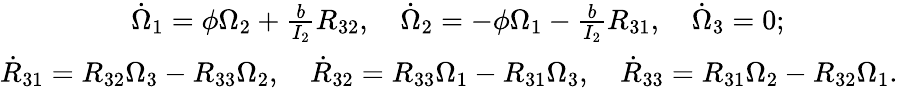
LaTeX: \begin{array}{r}{\dot{\Omega}_{1}=\phi\Omega_{2}+\frac{b}{I_{2}}R_{32},\quad\dot{\Omega}_{2}=-\phi\Omega_{1}-\frac{b}{I_{2}}R_{31},\quad\dot{\Omega}_{3}=0;\qquad\qquad}\\ {\dot{R}_{31}=R_{32}\Omega_{3}-R_{33}\Omega_{2},\quad\dot{R}_{32}=R_{33}\Omega_{1}-R_{31}\Omega_{3},\quad\dot{R}_{33}=R_{31}\Omega_{2}-R_{32}\Omega_{1}.}\end{array}